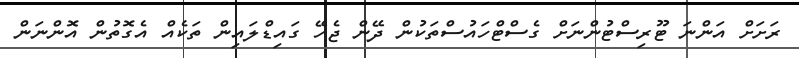
ރަށަށް އަންނަ ޓޫރިސްޓުންނަށް ގެސްޓްހައުސްތަކުން ދޭން ޖެހޭ ގައިޑްލައިން ތަކެއް އެގޮތުން އޮންނަން